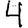
Digit: 4